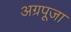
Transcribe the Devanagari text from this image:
अग्रपूजा